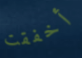
أخفقت